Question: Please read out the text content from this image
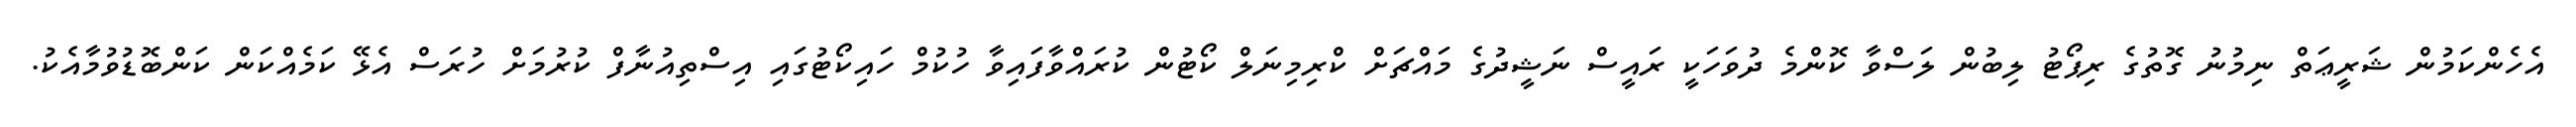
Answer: އެހެންކަމުން ޝަރީޢަތް ނިމުނު ގޮތުގެ ރިޕޯޓު ލިބުން ލަސްވާ ކޮންމެ ދުވަހަކީ ރައީސް ނަޝީދުގެ މައްޗަށް ކްރިމިނަލް ކޯޓުން ކުރައްވާފައިވާ ހުކުމް ހައިކޯޓުގައި އިސްތިއުނާފް ކުރުމަށް ހުރަސް އެޅޭ ކަމެއްކަން ކަންބޮޑުވުމާއެކު.